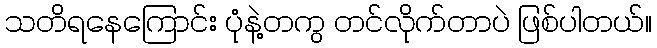
သတိရနေကြောင်း ပုံနဲ့တကွ တင်လိုက်တာပဲ ဖြစ်ပါတယ်။